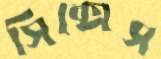
সিক্সেস